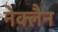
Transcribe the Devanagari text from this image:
नेक्लैन